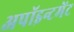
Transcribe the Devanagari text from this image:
अपॉइन्टमेंट